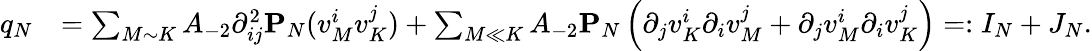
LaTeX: \begin{array}{rl}{q_{N}}&{=\sum_{M\sim K}A_{-2}\partial_{ij}^{2}\mathbf{P}_{N}(v_{M}^{i}v_{K}^{j})+\sum_{M\ll K}A_{-2}\mathbf{P}_{N}\left(\partial_{j}v_{K}^{i}\partial_{i}v_{M}^{j}+\partial_{j}v_{M}^{i}\partial_{i}v_{K}^{j}\right)=:I_{N}+J_{N}.}\end{array}